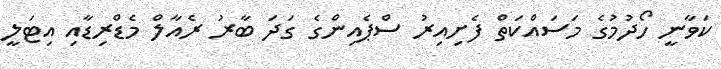
ކަވާނީ ހޯދުމުގެ މަސައްކަތް ފެށިއިރު ސްޕެއިންގެ ގަދަ ބާރު ރެއާލް މެޑްރިޑާއި އިޓަލީ